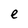
Character: e